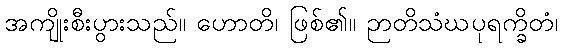
အကျိုးစီးပွားသည်။ ဟောတိ၊ ဖြစ်၏။ ဉာတိသံဃပုရက္ခိတံ၊